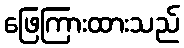
ဖြေကြားထားသည်